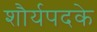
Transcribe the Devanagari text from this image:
शौर्यपदके